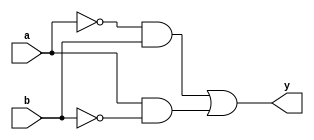
/*
 * Generated by Digital. Don't modify this file!
 * Any changes will be lost if this file is regenerated.
 */

module xor_test (
  input a,
  input b,
  output y
);
  assign y = ((~ a & b) | (a & ~ b));
endmodule